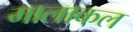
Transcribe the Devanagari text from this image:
मालाकल